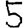
Digit: 5